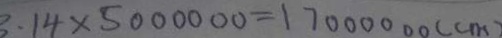
3 . 1 4 \times 5 0 0 0 0 0 0 = 1 7 0 0 0 0 0 0 ( c m )